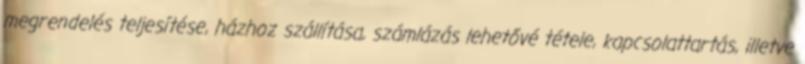
megrendelés teljesítése, házhoz szállítása, számlázás lehetővé tétele, kapcsolattartás, illetve